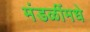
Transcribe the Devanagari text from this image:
मंडळींमधे